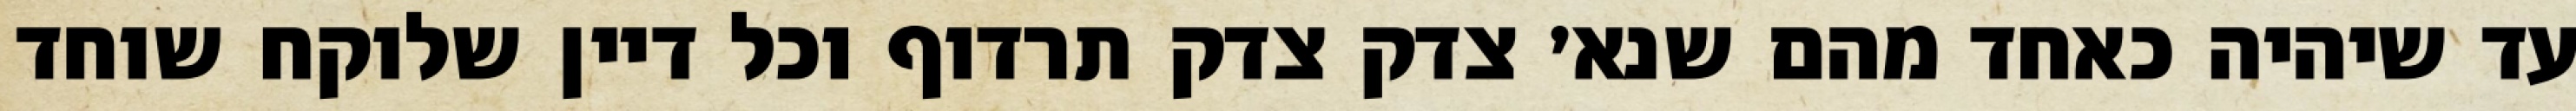
עד שיהיה כאחד מהם שנא׳ צדק צדק תרדוף וכל דיין שלוקח שוחד